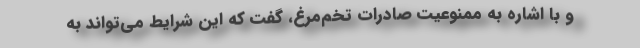
و با اشاره به ممنوعیت صادرات تخم‌مرغ، گفت که این شرایط می‌تواند به